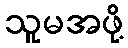
သူမအဖို့